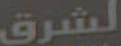
الشرق